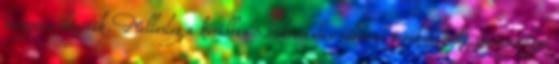
hangosan éltették. Mellesleg a korábban Debrecenben sikerrel tevékenykedő Garamvölgyi